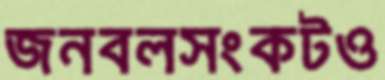
জনবলসংকটও